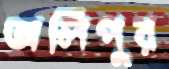
অলিপুর